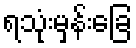
ရသုံးမှန်းခြေ